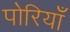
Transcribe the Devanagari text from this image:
पोरियाँ